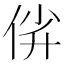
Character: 𫢡